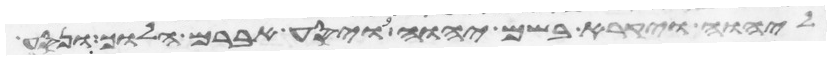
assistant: ליהוה ויקרא בשם יהוה ויסע אברם הלוך ונסע